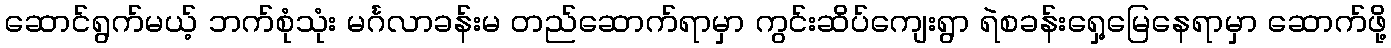
ဆောင်ရွက်မယ့် ဘက်စုံသုံး မင်္ဂလာခန်းမ တည်ဆောက်ရာမှာ ကွင်းဆိပ်ကျေးရွာ ရဲစခန်းရှေ့မြေနေရာမှာ ဆောက်ဖို့